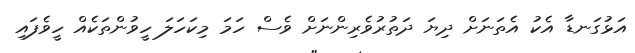
އަޅުގަނޑާ އެކު އެތަނަށް ދިޔަ ދަތުރުވެރިންނަށް ވެސް ހަމަ މިކަހަލަ ހީވުންތަކެއް ހީވެފައި